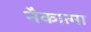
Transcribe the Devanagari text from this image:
नैकात्मा